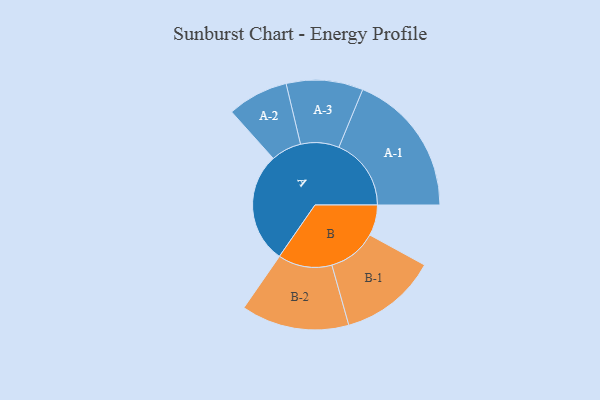
{"axis": {"x": "Segment", "y": "Value"}, "legend": ["", "A", "B"], "data": [{"x": "A", "y": 447, "type": ""}, {"x": "B", "y": 124, "type": ""}, {"x": "A-1", "y": 292, "type": "A"}, {"x": "A-2", "y": 123, "type": "A"}, {"x": "A-3", "y": 155, "type": "A"}, {"x": "B-1", "y": 197, "type": "B"}, {"x": "B-2", "y": 218, "type": "B"}]}